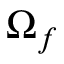
\Omega _ { f }